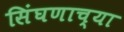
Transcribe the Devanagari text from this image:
सिंघणाच्या